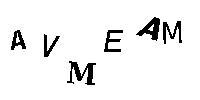
AVMEAM